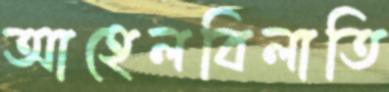
আহেলবিলাতি